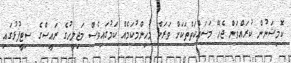
ކޮމިޝަނުން ކުރައްވަން ޖެހޭ މަސައްކަތްތަކަށް ވަރަށް މުހިންމުކަމެއް ކަމުގައިވެސް މަޖިލީހުގެ ރައީސްގެ ސިޓީފުޅުގައި